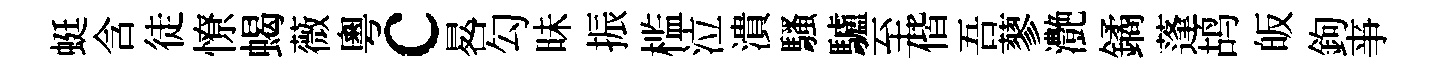
蜓含徒憭蝎薇粵c晷勾昧振槛泣潰騷驢至偕吾蓼灔鐍蓬鸪皈鉤亊